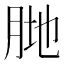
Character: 𱼆